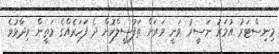
މިނިސްޓަރު އުމަރު ނަސީރު ވަނީ ވަރަށް ތަފުސީލްކޮށް ދެ ފަހަރެއްގެ މަތީން ވިދާޅުވެ